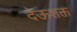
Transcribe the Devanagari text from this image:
देऊशक्त